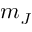
m _ { J }